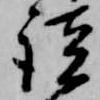
談